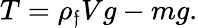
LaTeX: T=\rho_{\mathfrak{f}}Vg-mg.